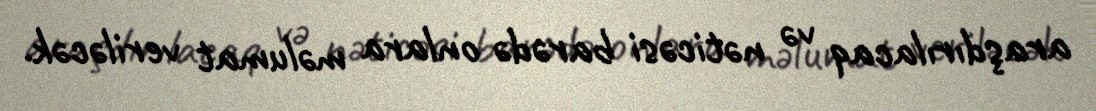
araşdırılacaq və nəticəsi barədə onlara məlumat veriləcək.